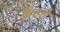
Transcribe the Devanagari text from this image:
फ्रेंचचे